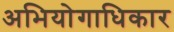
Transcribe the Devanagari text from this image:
अभियोगाधिकार